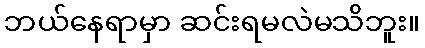
ဘယ်နေရာမှာ ဆင်းရမလဲမသိဘူး။